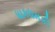
ધાકધમકી